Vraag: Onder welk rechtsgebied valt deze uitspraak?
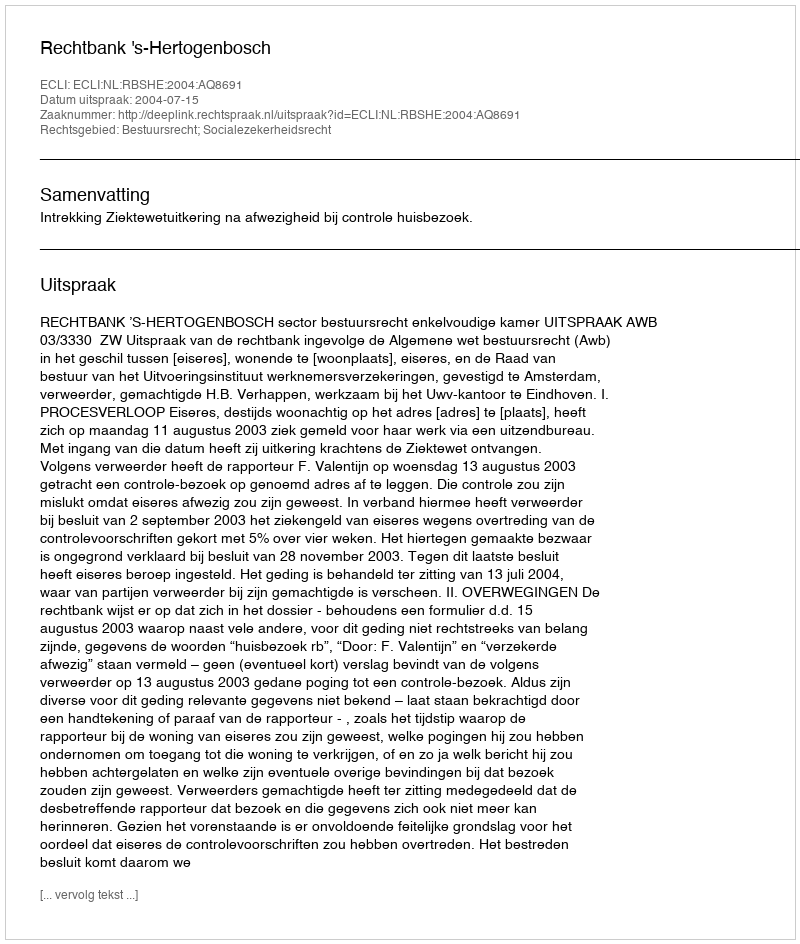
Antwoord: Bestuursrecht; Socialezekerheidsrecht